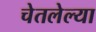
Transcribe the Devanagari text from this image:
चेतलेल्या